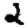
Digit: 2